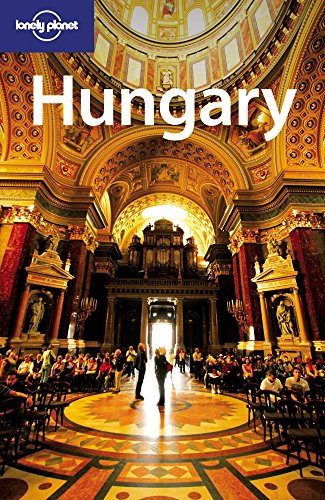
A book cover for Lonely Planet Hungary (Country Travel Guide); Neal Bedford; Travel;